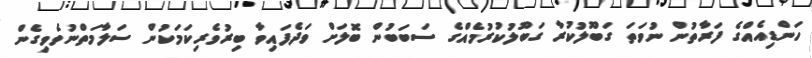
ހަންޑިއެއްގެ ފަރާތުން ނުވަތަ ގަބޫލުކުރާ ގަބޫލުކުރުމެއްގެ ސަބަބުން ބޮލަށް ވަދެފައިވާ ބިރުވެރިކަމަކުން ސަލާމަތްނުވެވިގެން